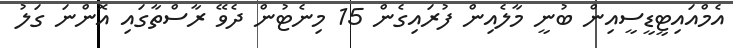
އެމްއައިޓީޑީސީއިން ބުނީ މާލެއިން ފުރައިގެން 15 މިނެޓުން ދެވޭ ރާސްތާގައި އޮންނަ ގަލު